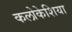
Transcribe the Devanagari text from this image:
कलोकेशिया